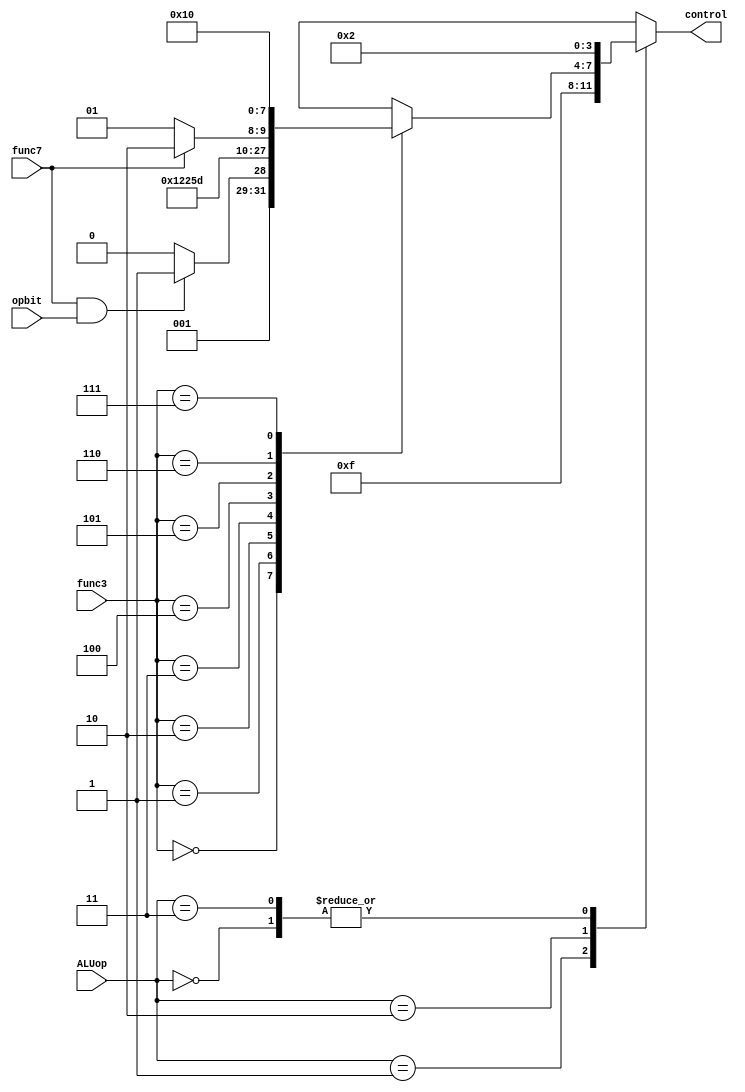
`timescale 1ns / 1ps

module ALU_cntrl(
	input [1:0] ALUop,
	input [2:0] func3,
	input func7,
	input opbit,
	output reg [3:0] control
    );

/*
** ALUop
** 0000: and
** 0001: or
** 0010: add
** 0011: subtract
** 0100: sll
** 0101: srl
** 0110: sra
** 0111: xor
** 1000: slt
** 1001: sltu
** 1010: future use
** 1011: future use
** 1100: future use
** 1101: future use
** 1110: future use
** 1111: assigning rs2
*/

always @(*)
begin
case(ALUop)
2'b00: //load-store type
begin
control = 4'b0010;
end
2'b01: //lui
begin
control = 4'b1111;
end
2'b10: //R,I-types
begin
case(func3)
3'b000:
begin
if(func7==1 && opbit==1)
control = 4'b0011;
else
control = 4'b0010;
end
3'b001:
control = 4'b0100;
3'b010:
control = 4'b1000;
3'b011:
control = 4'b1001;
3'b100:
control = 4'b0111;
3'b101:
begin
if(func7==0)
control = 4'b0101;
else
control = 4'b0110;
end
3'b110:
control = 4'b0001;
3'b111:
control = 4'b0000;
endcase
end
2'b11: //J-type
control = 4'b0010;
endcase
end

endmodule